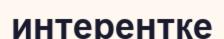
интерентке